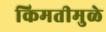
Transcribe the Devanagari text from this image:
किमतीमुळे